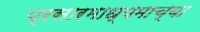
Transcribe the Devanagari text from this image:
प्रसारमाध्‍यमाच्‍या